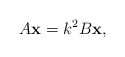
\begin{align*}A{\bf x}=k^2 B {\bf x},\end{align*}